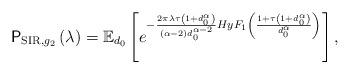
LaTeX: \begin{align*}\mathsf{P}_{\mathrm{SIR},g_{2}}\left(\lambda\right)=\mathbb{E}_{d_{0}}\left[e^{-\frac{2\pi\lambda\tau\left(1+d_{0}^{\alpha}\right)}{\left(\alpha-2\right)d_{0}^{\alpha-2}}HyF_{1}\left(\frac{1+\tau\left(1+d_{0}^{\alpha}\right)}{d_{0}^{\alpha}}\right)}\right],\end{align*}